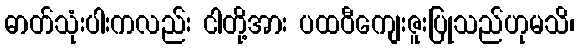
ဓာတ်သုံးပါးကလည်း ငါတို့အား ပထဝီကျေးဇူးပြုသည်ဟုမသိ၊